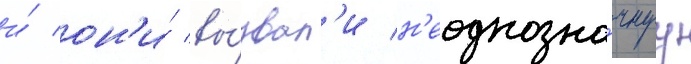
и́ он'и́ вы́звал'и н'еоднозна́чнуу